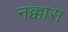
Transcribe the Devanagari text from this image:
नक्कास